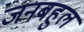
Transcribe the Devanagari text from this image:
जनबहुल